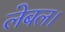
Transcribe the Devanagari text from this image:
लेबल।